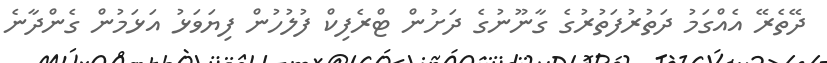
ދޭތެރޭ އެއްގަމު ދަތުރުފަތުރުގެ ގާނޫނުގެ ދަށުން ޓްރެފިކް ފުލުހުން ފިޔަވަޅު އަޅަމުން ގެންދާނެ